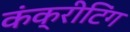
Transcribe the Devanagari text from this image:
कंक्रीटिंग